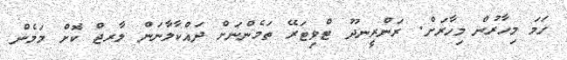
ހަމަ މިހާރުން މިހާރަށް. ރަންރީނދޫ ޓްވިޓަރޭ ތަމެންނަށް ދައްކާލާނަން ލާރޖް ކޮށް މަމެން